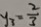
y _ { 3 } = \frac { 2 } { 3 }